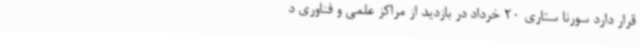
قرار دارد سورنا ستاری 20 خرداد در بازدید از مراکز علمی و فناوری د